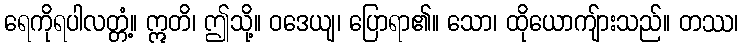
ရေကိုရပါလတ္တံ့။ ဣတိ၊ ဤသို့။ ဝဒေယျ၊ ပြောရာ၏။ သော၊ ထိုယောကျ်ားသည်။ တဿ၊